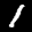
Label: 1